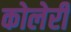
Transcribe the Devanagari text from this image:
कोलेरी